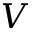
V